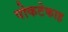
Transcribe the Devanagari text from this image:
पोकटेकाह